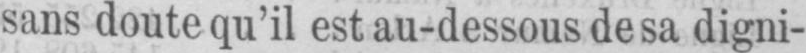
sans doute qu’il est au-dessous de sa digni-